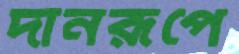
দানরূপে